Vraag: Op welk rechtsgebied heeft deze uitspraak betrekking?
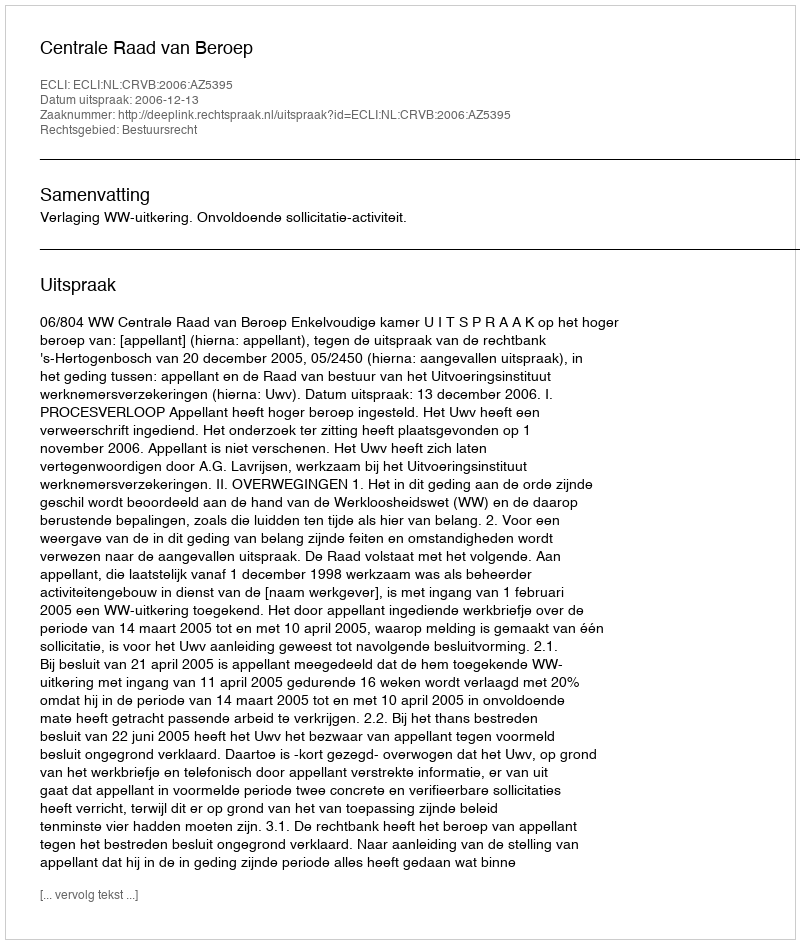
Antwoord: Bestuursrecht